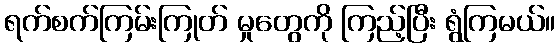
ရက်စက်ကြမ်းကြုတ် မှုတွေကို ကြည့်ပြီး ရွံကြမယ်။